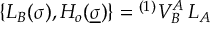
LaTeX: \{ L _ { B } ( \sigma ) , { \cal H } _ { o } ( \underline { { { \sigma } } } ) \} = { } ^ { ( 1 ) } V _ { B } ^ { A } \, L _ { A }